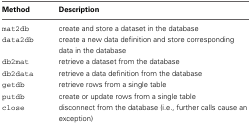
<table><thead><tr><td><b>Method</b></td><td><b>Description</b></td></tr></thead><tbody><tr><td>mat2db</td><td>create and store a dataset in the database</td></tr><tr><td>data2db</td><td>create a new data definition and store corresponding data in the database</td></tr><tr><td>db2mat</td><td>retrieve a dataset from the database</td></tr><tr><td>db2data</td><td>retrieve a data definition from the database</td></tr><tr><td>getdb</td><td>retrieve rows from a single table</td></tr><tr><td>putdb</td><td>create or update rows from a single table</td></tr><tr><td>close</td><td>disconnect from the database (i.e., further calls cause an exception)</td></tr></tbody></table>